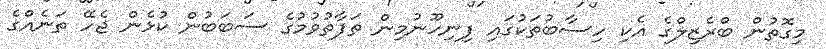
މިގޮތުން ބްރެޒިލްގެ އެކި ހިސާބުތަކުގައި ފިނިހޫނުމިން ތަފާތުވުމުގެ ސަބަބުން ކުޅެން ޖެހޭ ތަނެއްގެ